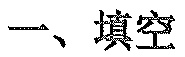
一、填空